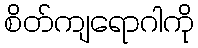
စိတ်ကျရောဂါကို